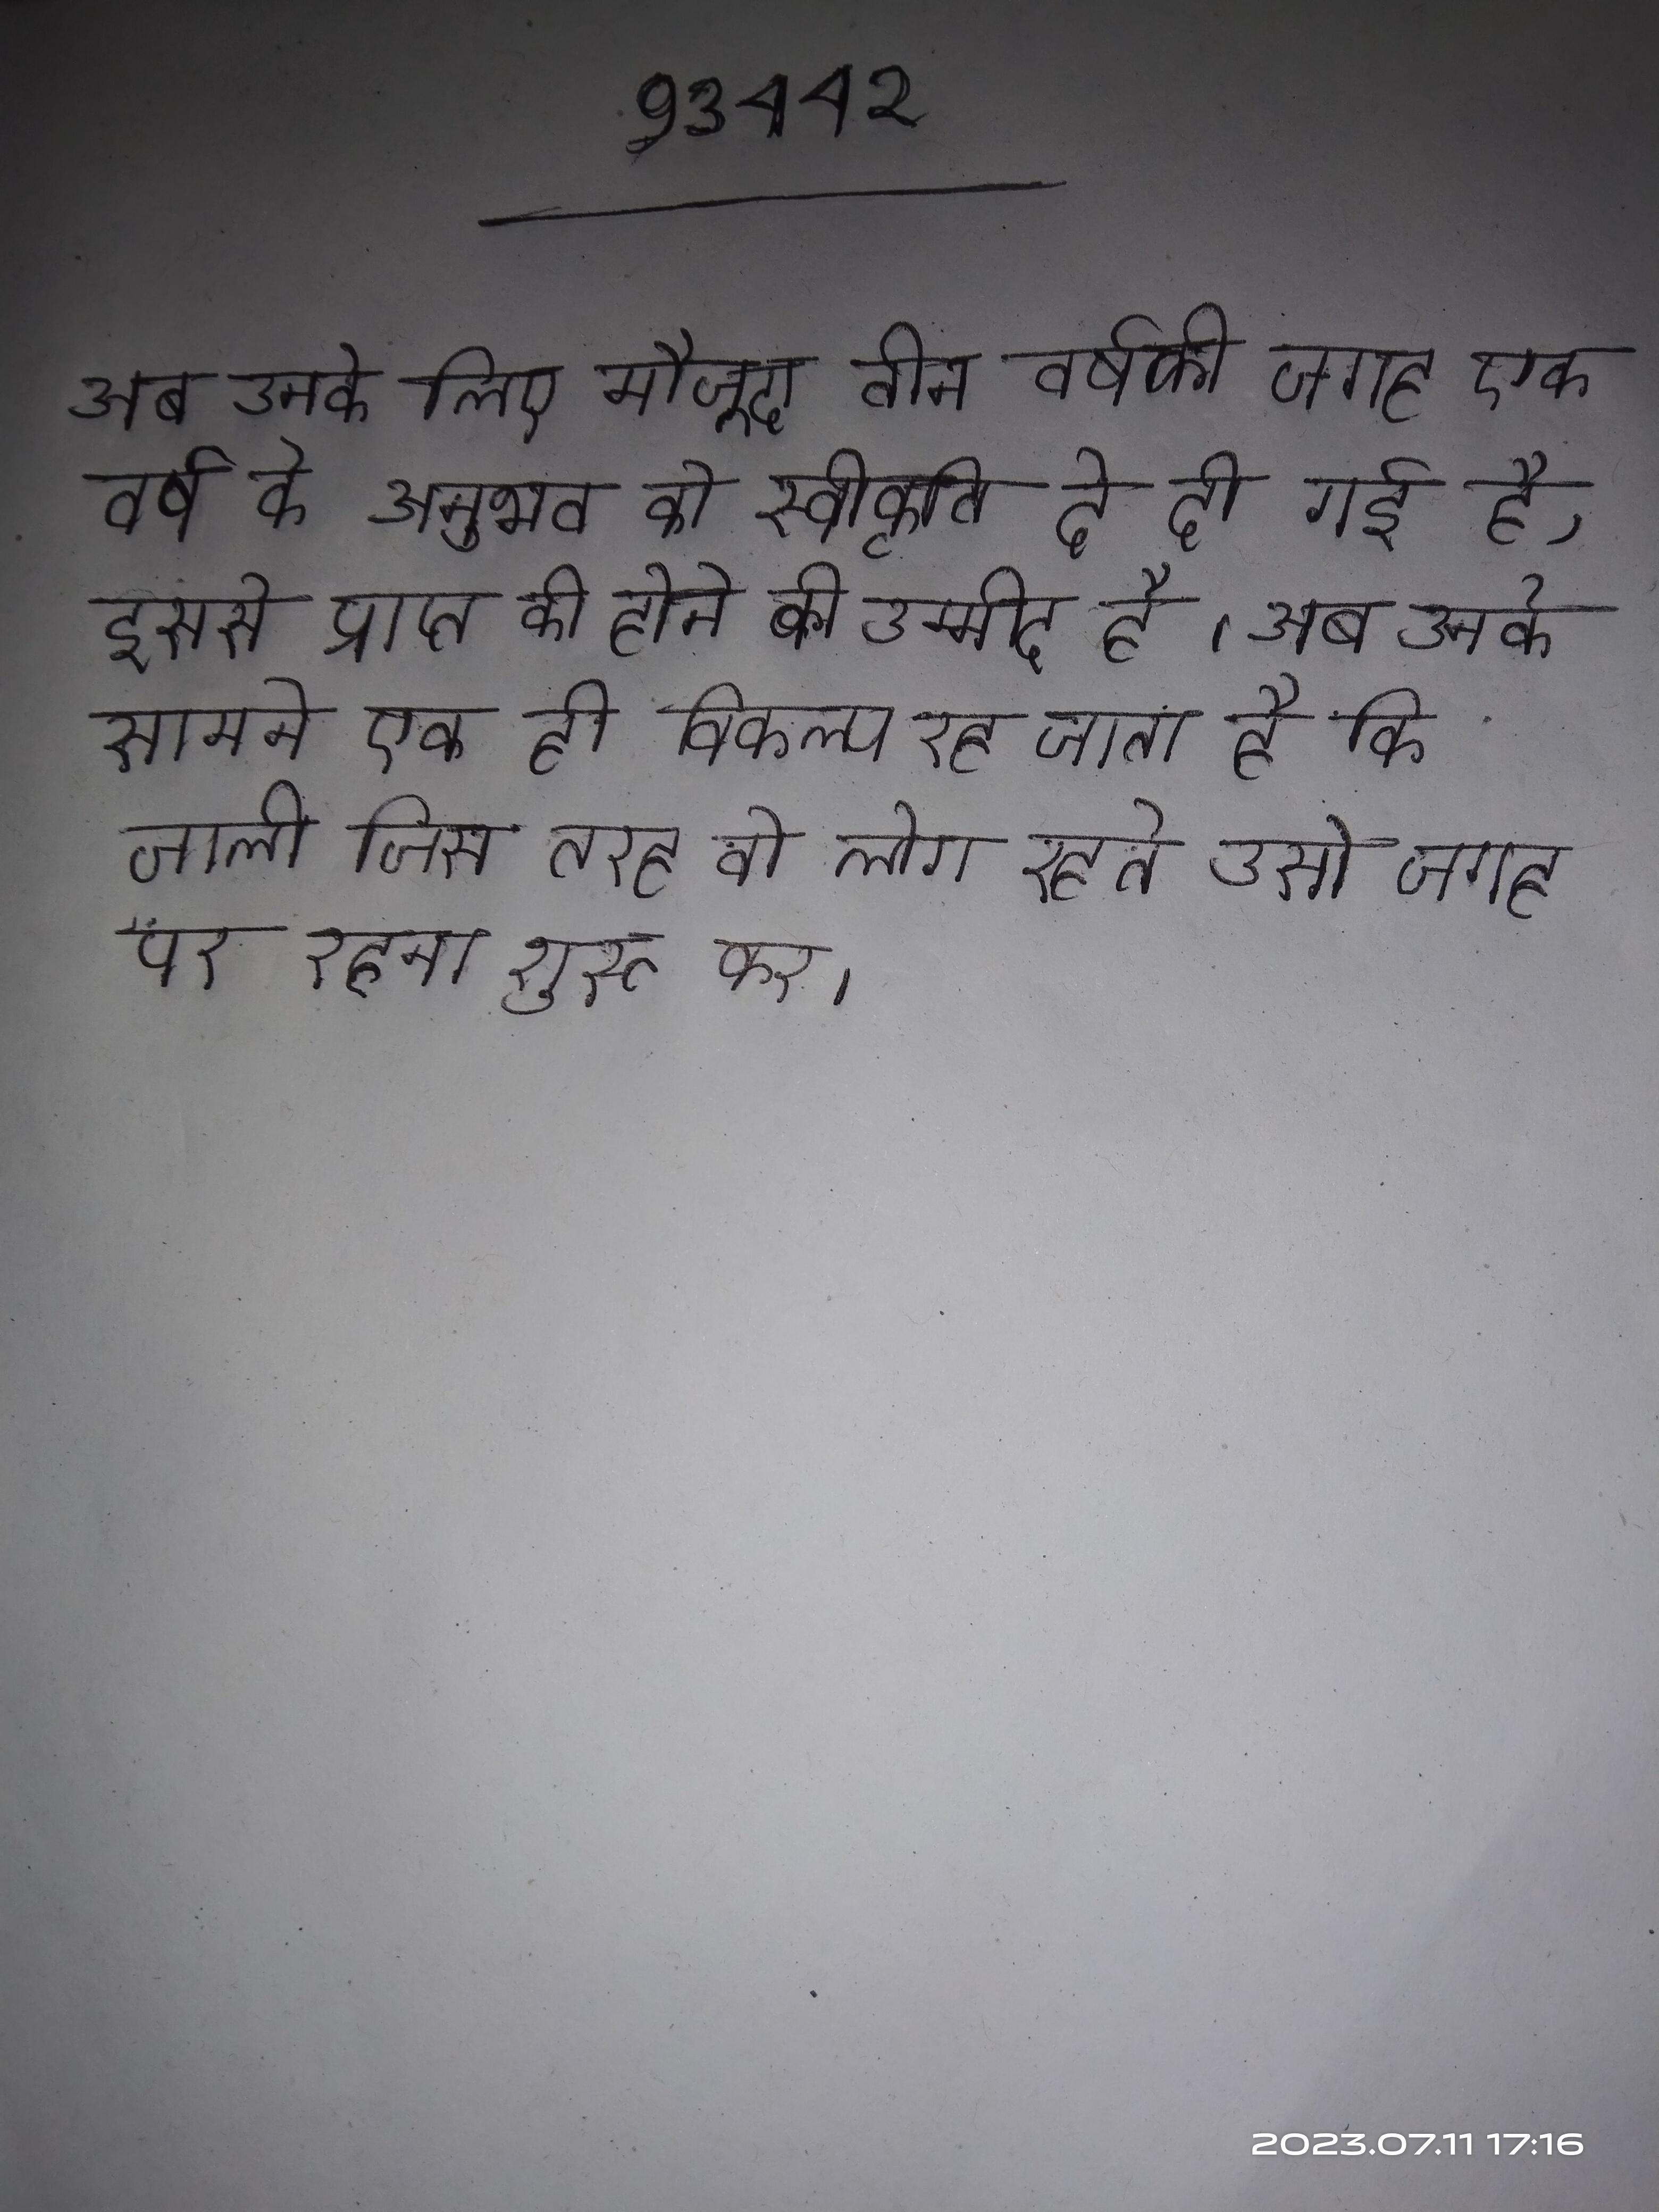
अब उनके लिए मौजूदा तीन वर्ष की जगह एक वर्ष के अनुभव को स्वीकृति दे दी गई है, इससे प्राप्त की होने की उम्मीद है । अब उनके सामने एक ही विकल्प रह जाता है कि जाली जिस तरह वे लोग रहते उसी जगह पर रहना शुरू कर ।